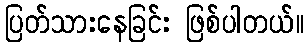
ပြတ်သားနေခြင်း ဖြစ်ပါတယ်။